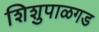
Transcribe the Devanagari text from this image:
शिशुपाळगड